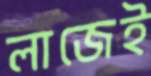
লাজেই